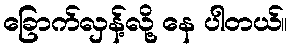
ခြောက်လှန့်လို့ နေ ပါတယ်။